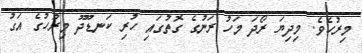
މިރުހެވެ. މިދިޔަ ރޯދަ މަހު ރަނުގެ ގޮތުގައި ހުރި ކަނޑޫދޫ މިރުހުގެ އަގު